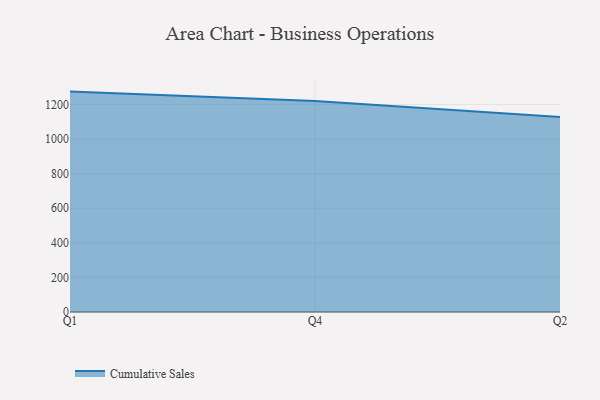
{"axis": {"x": "Quarter", "y": "Tickets Resolved"}, "legend": ["Cumulative Sales"], "data": [{"x": "Q1", "y": 1274.7, "type": "Cumulative Sales"}, {"x": "Q4", "y": 1220.5, "type": "Cumulative Sales"}, {"x": "Q2", "y": 1127.1, "type": "Cumulative Sales"}]}